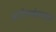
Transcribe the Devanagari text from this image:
आरोग्यमंत्र्याकडून